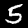
Digit: 5